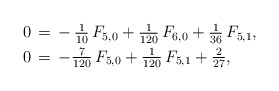
\begin{align*}\aligned0&\,=\,-\,\tfrac{1}{10}\,F_{5,0}+\tfrac{1}{120}\,F_{6,0}+\tfrac{1}{36}\,F_{5,1},\\0&\,=\,-\tfrac{7}{120}\,F_{5,0}+\tfrac{1}{120}\,F_{5,1}+\tfrac{2}{27},\endaligned\end{align*}